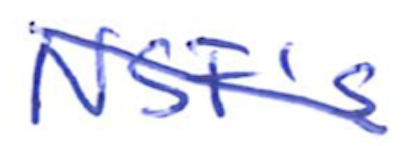
Text: NSF's
Cross-out: mix
Writing tool: ballpoint